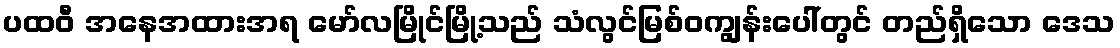
ပထဝီ အနေအထားအရ မော်လမြိုင်မြို့သည် သံလွင်မြစ်ဝကျွန်းပေါ်တွင် တည်ရှိသော ဒေသ